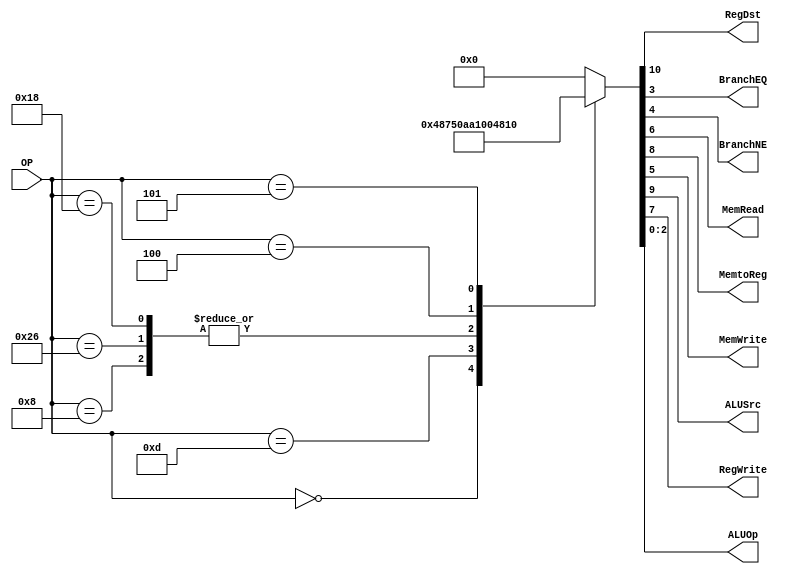
module Control
(
	input [5:0]OP,
	
	output RegDst,
	output BranchEQ,
	output BranchNE,
	output MemRead,
	output MemtoReg,
	output MemWrite,
	output ALUSrc,
	output RegWrite,
	output [2:0]ALUOp
);
localparam R_Type = 0;
localparam I_Type_ADDI = 6'h8;
localparam I_Type_ORI = 6'h0d;
localparam I_Type_INC = 6'h66;
localparam I_Type_MUL = 6'h18;
localparam BEQ = 6'h4;
localparam BNE = 6'h5;
reg [10:0] ControlValues;

// RegDst // ALUSrc // MemtoReg // RegWrite // MemRead // MemWrite // Branches // ALUOp(Relacionado a ALUCtrl)

always@(OP) begin
	casex(OP)
		R_Type:       ControlValues= 11'b1_001_00_00_111;
		I_Type_ADDI:  ControlValues= 11'b0_101_00_00_100;
		I_Type_ORI:   ControlValues= 11'b0_101_00_00_101;
		I_Type_INC:   ControlValues= 11'b0_101_00_00_100;
		I_Type_MUL:   ControlValues= 11'b0_101_00_00_100;
		BEQ:  		  ControlValues= 11'b0_000_00_01_001;
		BNE:  		  ControlValues= 11'b0_000_00_10_001;
		default:
			ControlValues= 10'b0000000000;
		endcase
end	
	
assign RegDst = ControlValues[10];
assign ALUSrc = ControlValues[9];
assign MemtoReg = ControlValues[8];
assign RegWrite = ControlValues[7];
assign MemRead = ControlValues[6];
assign MemWrite = ControlValues[5];
assign BranchNE = ControlValues[4];
assign BranchEQ = ControlValues[3];
assign ALUOp = ControlValues[2:0];
	

endmodule